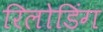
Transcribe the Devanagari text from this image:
रिलोडिंग